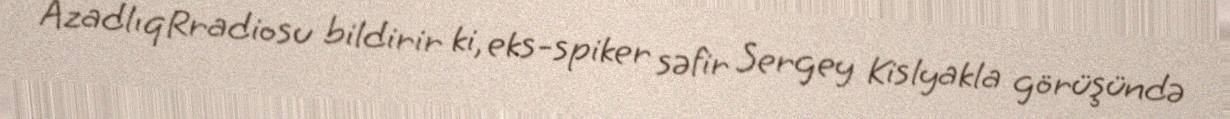
AzadlıqRradiosu bildirir ki, eks-spiker səfir Sergey Kislyakla görüşündə